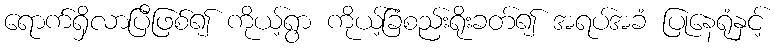
ရောက်ရှိလာပြီဖြစ်၍ ကိုယ့်ရွာ ကိုယ့်ခြံစည်းရိုးခတ်၍ အရပ်အခံ ပြုနေရုံနှင့်